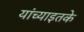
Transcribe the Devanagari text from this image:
यांच्याइतके